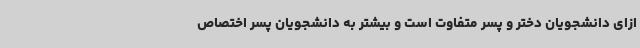
ازای دانشجویان دختر و پسر متفاوت است و بیشتر به دانشجویان پسر اختصاص